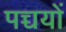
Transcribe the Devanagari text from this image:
पच्चयों